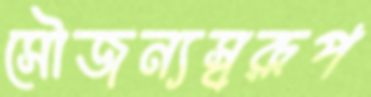
সৌজন্যস্বরূপ